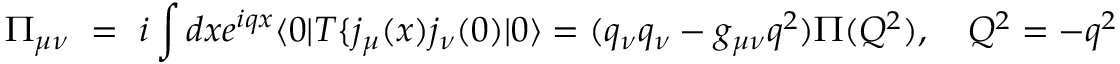
\Pi _ { \mu \nu } ~ = ~ i \int { d x e ^ { i q x } \langle 0 | T \{ j _ { \mu } ( x ) j _ { \nu } ( 0 ) | 0 \rangle } = ( q _ { \nu } q _ { \nu } - g _ { \mu \nu } q ^ { 2 } ) \Pi ( Q ^ { 2 } ) , ~ ~ ~ Q ^ { 2 } = - q ^ { 2 }